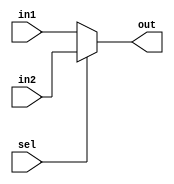
module mux#(parameter dataCount=16)
(
    input sel,                                  // selection bit
    input  [dataCount-1:0] in1,                 
    input  [dataCount-1:0] in2,
    output [dataCount-1:0] out
);

    assign out = (sel == 0)? in1:in2;

endmodule